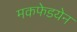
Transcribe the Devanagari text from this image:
मकफेडयेन